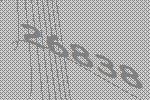
26838